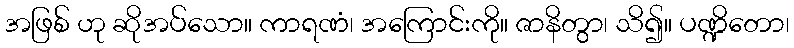
အဖြစ် ဟု ဆိုအပ်သော။ ကာရဏံ၊ အကြောင်းကို။ ဇာနိတွာ၊ သိ၍။ ပဏ္ဍိတော၊